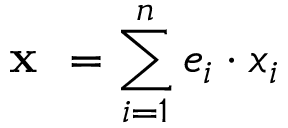
{ \textbf { x } } = \sum _ { i = 1 } ^ { n } e _ { i } \cdot x _ { i }